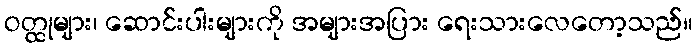
ဝတ္ထုများ၊ ဆောင်းပါးများကို အများအပြား ရေးသားလေတော့သည်။